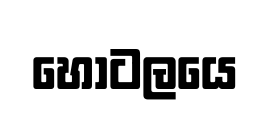
හෝටලයෙ